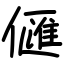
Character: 㒑